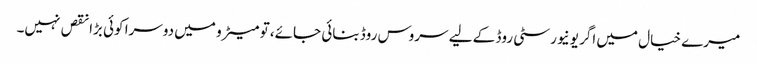
میرے خیال میں اگر یونیورسٹی روڈ کے لیے سروس روڈ بنائی جائے، تو میٹرو میں دوسرا کوئی بڑا نقص نہیں۔